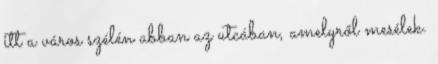
itt a város szélén abban az utcában, amelyről mesélek.